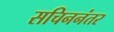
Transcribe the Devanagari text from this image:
सचिननंतर